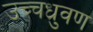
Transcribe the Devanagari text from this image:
उच्चध्रुवण